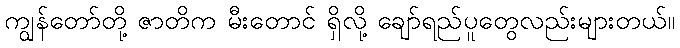
ကျွန်တော်တို့ ဇာတိက မီးတောင် ရှိလို့ ချော်ရည်ပူတွေလည်းများတယ်။